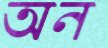
অন